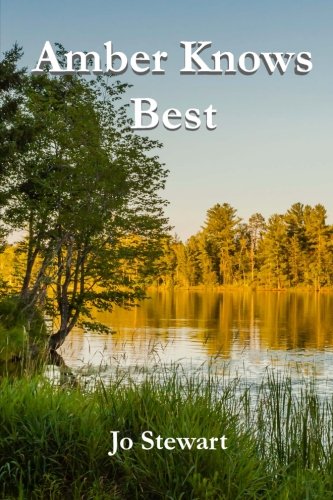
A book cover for Amber Knows Best; Jo Stewart; Romance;